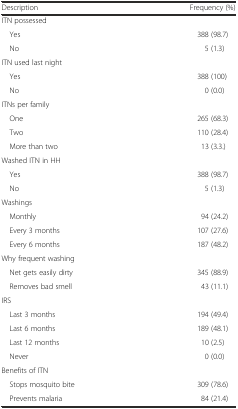
<table><thead><tr><td><b>Description</b></td><td><b>Frequency (%)</b></td></tr></thead><tbody><tr><td>ITN possessed</td><td></td></tr><tr><td> Yes</td><td>388 (98.7)</td></tr><tr><td> No</td><td>5 (1.3)</td></tr><tr><td>ITN used last night</td><td></td></tr><tr><td> Yes</td><td>388 (100)</td></tr><tr><td> No</td><td>0 (0.0)</td></tr><tr><td>ITNs per family</td><td></td></tr><tr><td> One</td><td>265 (68.3)</td></tr><tr><td> Two</td><td>110 (28.4)</td></tr><tr><td> More than two</td><td>13 (3.3.)</td></tr><tr><td>Washed ITN in HH</td><td></td></tr><tr><td> Yes</td><td>388 (98.7)</td></tr><tr><td> No</td><td>5 (1.3)</td></tr><tr><td>Washings</td><td></td></tr><tr><td> Monthly</td><td>94 (24.2)</td></tr><tr><td> Every 3 months</td><td>107 (27.6)</td></tr><tr><td> Every 6 months</td><td>187 (48.2)</td></tr><tr><td>Why frequent washing</td><td></td></tr><tr><td> Net gets easily dirty</td><td>345 (88.9)</td></tr><tr><td> Removes bad smell</td><td>43 (11.1)</td></tr><tr><td>IRS</td><td></td></tr><tr><td> Last 3 months</td><td>194 (49.4)</td></tr><tr><td> Last 6 months</td><td>189 (48.1)</td></tr><tr><td> Last 12 months</td><td>10 (2.5)</td></tr><tr><td> Never</td><td>0 (0.0)</td></tr><tr><td>Benefits of ITN</td><td></td></tr><tr><td> Stops mosquito bite</td><td>309 (78.6)</td></tr><tr><td> Prevents malaria</td><td>84 (21.4)</td></tr></tbody></table>